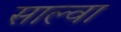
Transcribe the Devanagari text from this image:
साल्वा